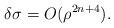
LaTeX: \begin{align*}\delta\sigma=O(\rho^{2n+4}).\end{align*}